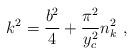
LaTeX: \begin{align*}k^2 = \frac{b^2}{4} + \frac{\pi^2}{y_c^2} n_k^2 ~,\end{align*}